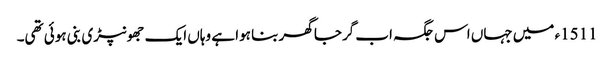
1511ء میں جہاں اس جگہ اب گرجا گھر بنا ہوا ہے وہاں ایک جھونپڑی بنی ہوئی تھی۔